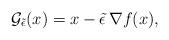
LaTeX: \begin{align*}\mathcal{G}_{\tilde \epsilon}(x) = x - \tilde \epsilon\, \nabla f(x),\end{align*}